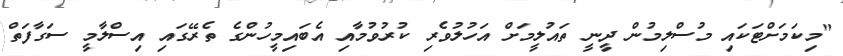
"މިކަމަށްޓަކައި މުސްލިމުން ދީނީ ތައުލީމަށް އަހުލުވެރި ކުރުވުމާއި އެބައިމީހުންގެ ތެރޭގައި އިސްލާމީ ސަގާފަތް